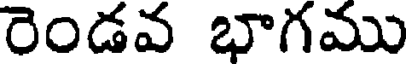
రెండవ భాగము